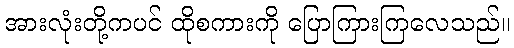
အားလုံးတို့ကပင် ထိုစကားကို ပြောကြားကြလေသည်။